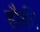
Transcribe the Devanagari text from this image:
हौकी